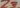
Text: Z3